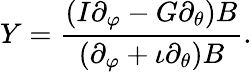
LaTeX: Y=\frac{(I\partial_{\varphi}-G\partial_{\theta})B}{(\partial_{\varphi}+\iota\partial_{\theta})B}.